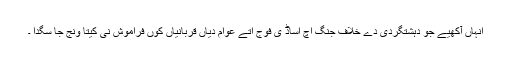
انہاں آکھیے جو دہشتگردی دے خلاف جنگ اچ اساڈ ی فوج اتے عوام دیاں قربانیاں کوں فراموش نی کیتا ونج جا سگدا ۔